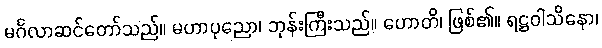
မင်္ဂလာဆင်တော်သည်။ မဟာပုညော၊ ဘုန်းကြီးသည်။ ဟောတိ၊ ဖြစ်၏။ ရဋ္ဌဝါသိနော၊